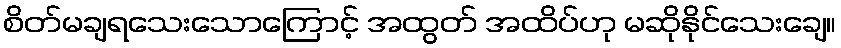
စိတ်မချရသေးသောကြောင့် အထွတ် အထိပ်ဟု မဆိုနိုင်သေးချေ။